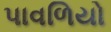
પાવળિયો